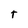
Character: t